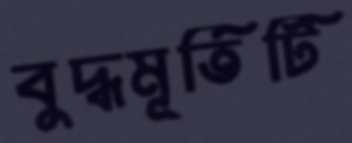
বুদ্ধমূর্তিটি